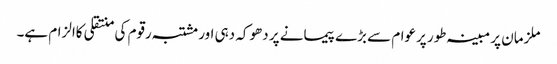
ملزمان پر مبینہ طور پرعوام سے بڑے پیمانے پر دھوکہ دہی اور مشتبہ رقوم کی منتقلی کاالزام ہے۔